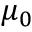
\mu _ { 0 }